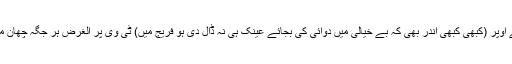
بستر، میز، کرسی، اپنے کاغذات،فریج کے اوپر (کبھی کبھی اندر بھی کہ بے خیالی میں دوائی کی بجائے عینک ہی نہ ڈال دی ہو فریج میں) ٹی وی پر الغرض ہر جگہ چھان مارتے ہیں اور تھک ہار کر بیٹھ جاتے ہیں۔